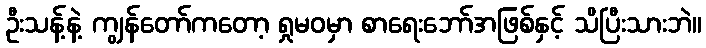
ဦးသန့်နဲ့ ကျွန်တော်ကတော့ ရှုမဝမှာ စာရေးဘော်အဖြစ်နှင့် သိပြီးသားဘဲ။